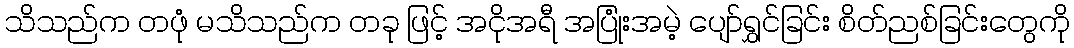
သိသည်က တဖုံ မသိသည်က တခု ဖြင့် အငိုအရီ အပြုံးအမဲ့ ပျော်ရွှင်ခြင်း စိတ်ညစ်ခြင်းတွေကို